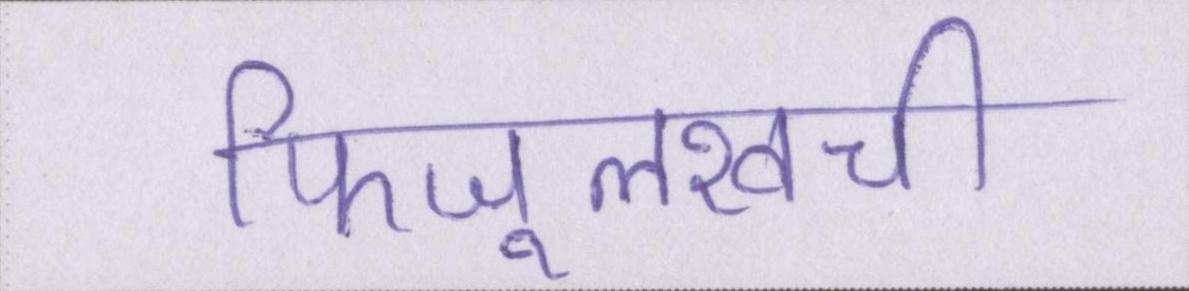
फिजूलखर्ची